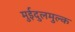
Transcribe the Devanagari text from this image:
मुईदुलमुल्क